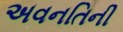
અવનતિની